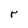
Character: r